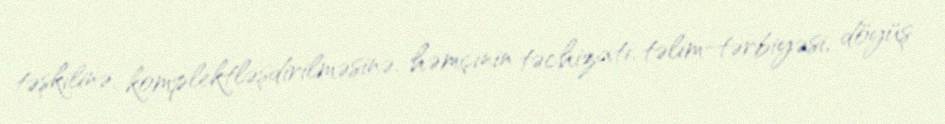
təşkilinə, komplektləşdirilməsinə, həmçinin təchizatı, təlim-tərbiyəsi, döyüş